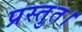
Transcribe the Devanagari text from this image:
प्रस्तुत।